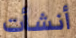
أنشأت